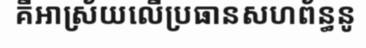
គឺអាស្រ័យលើប្រធានសហព័ន្ធនូ